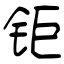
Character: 钜